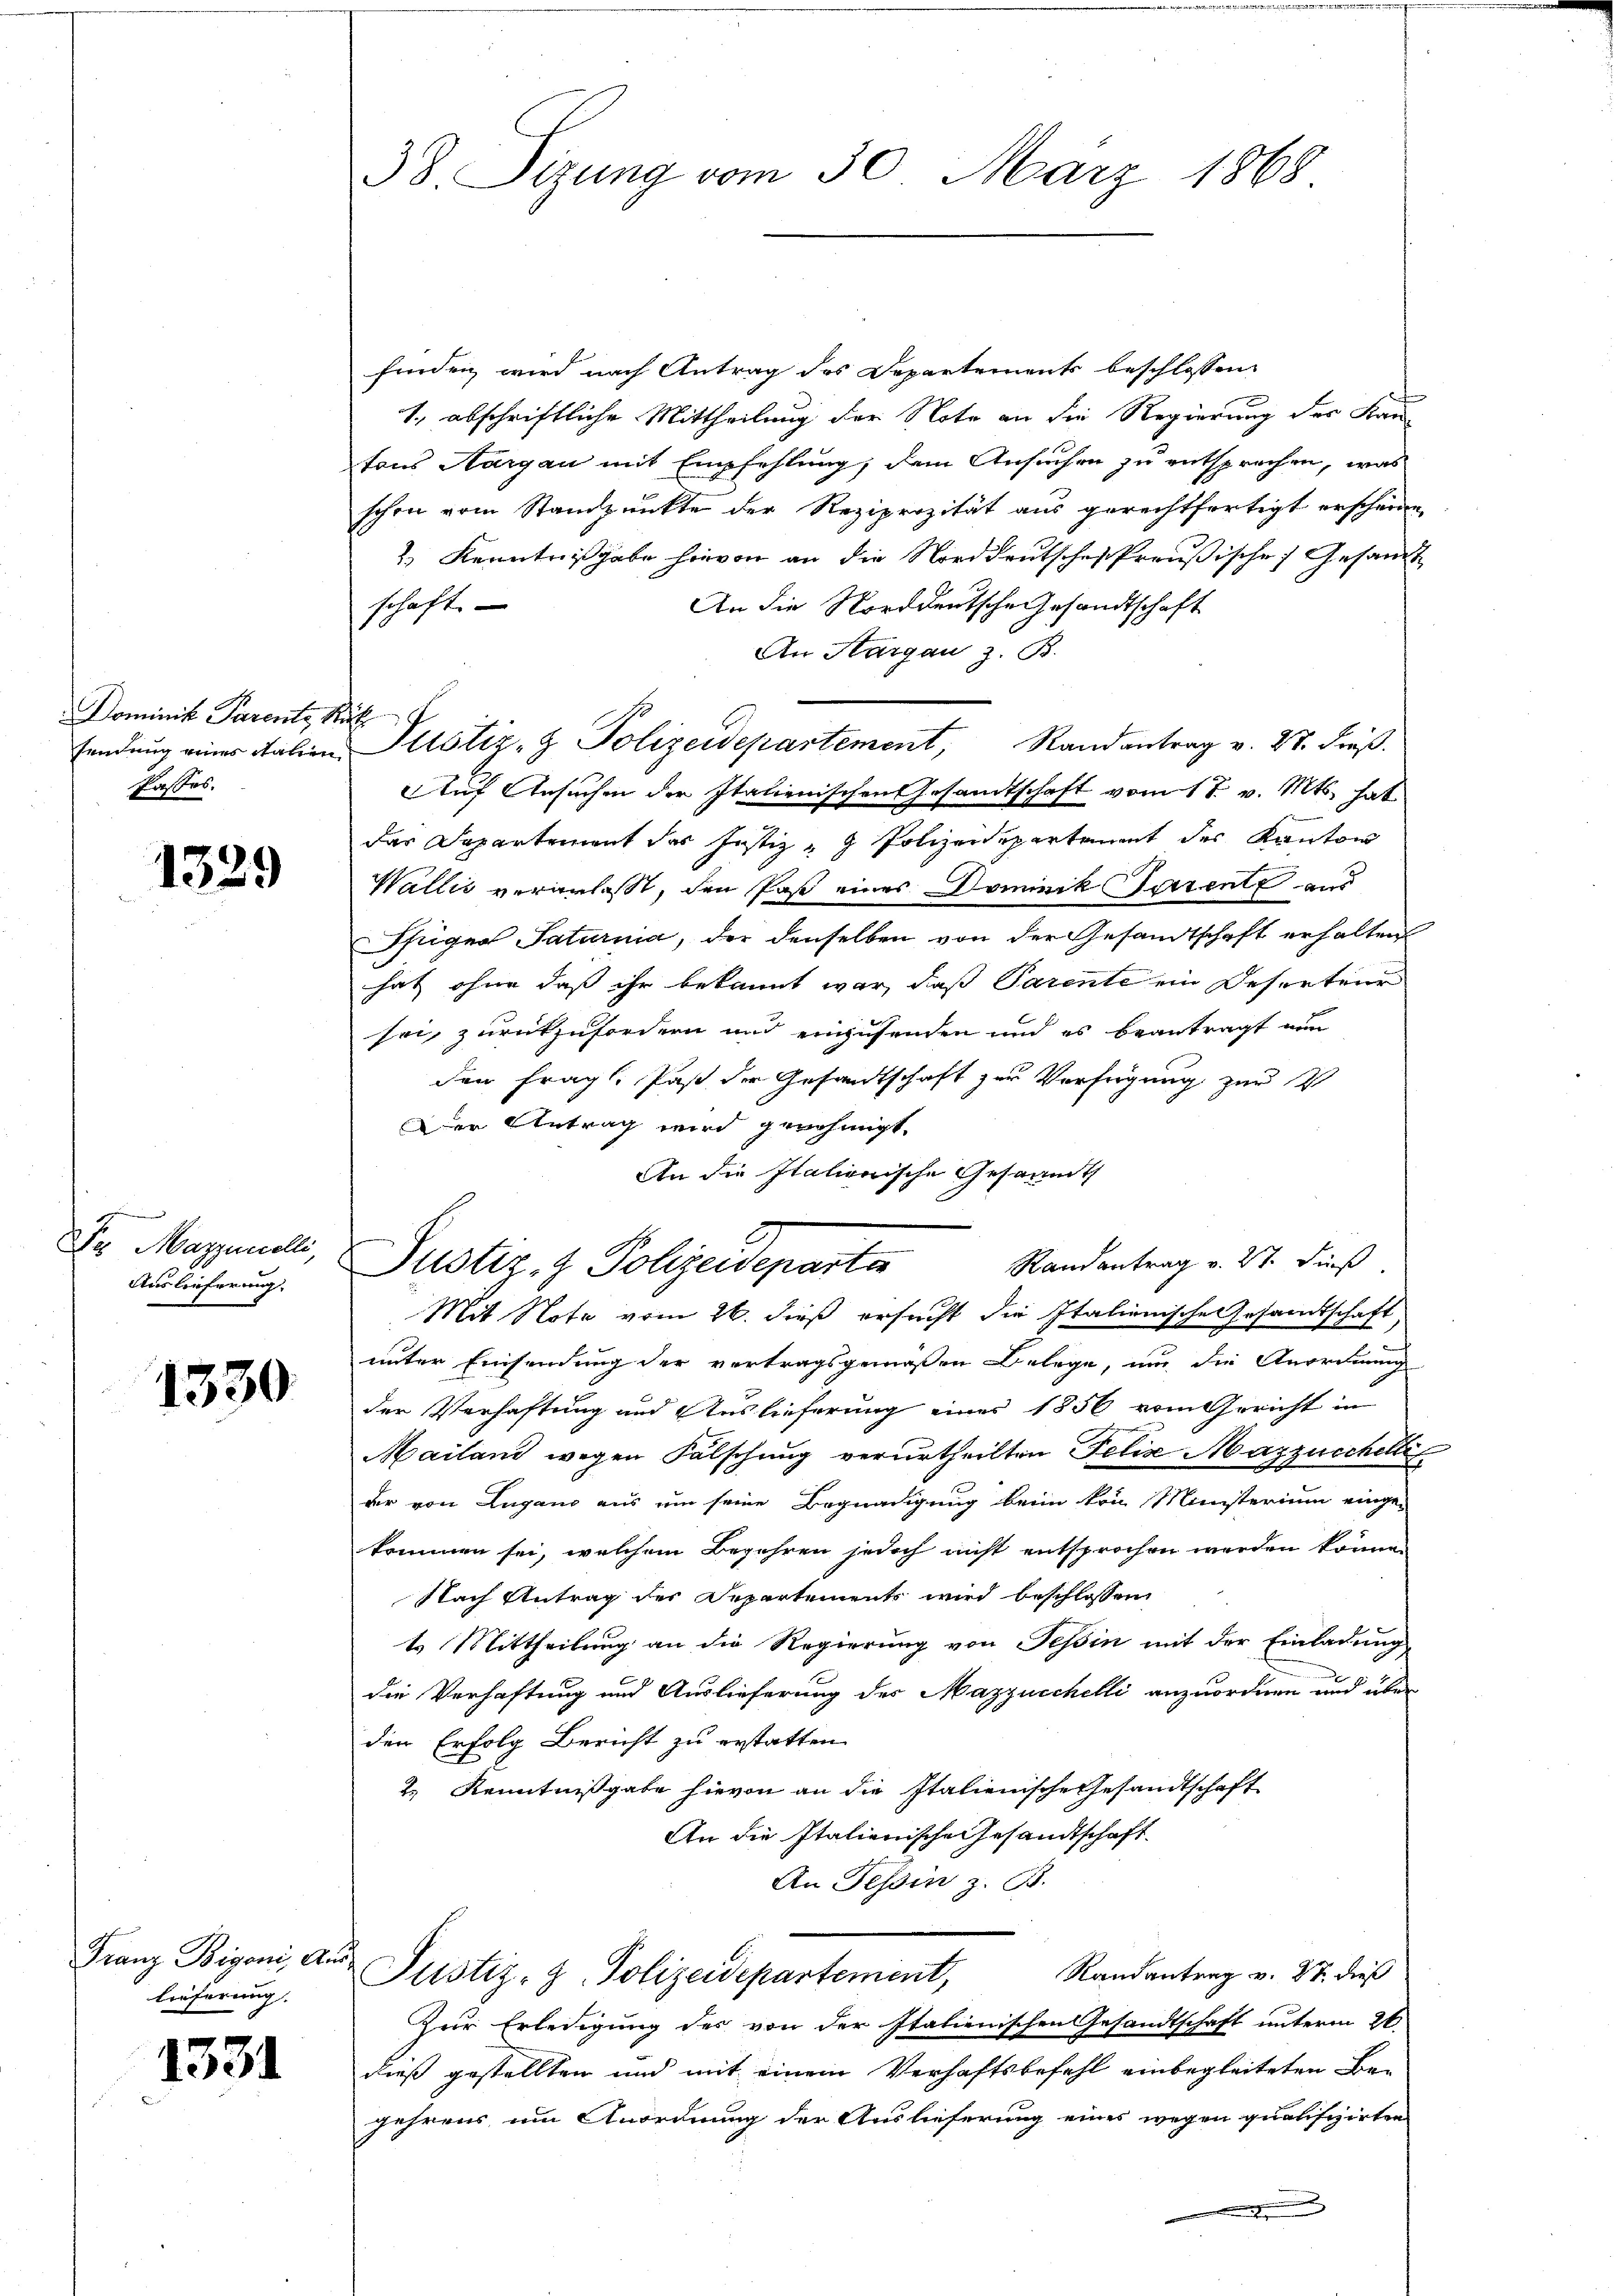
Dominik Parente Rük
Passes.

1329

Auslieferung.

1330

Franz Bigoni, Auslieferung

1531

38. Sitzung vom 30. März 1868

finden wird nach Antrag des Departements beschlossen
1., abschriftliche Mittheilung der Note an die Regierung des Kau-
tons Aargau mit Empfehlung, dem Ansuchen zu entsprechen, was
schon vom Standpunkte der Reziprozität aus gerechtfertigt erscheine
2) Kenntnißgabe hievon an die Norddeutsches Preußische Gesandt
schaft.
An die Norddeutsche Gesandtschaft
An Hargau z. B.
sendung eines Salin Pilotiz- & Polizeidepartement, Randantrag v. 28. Fräß.
Auf Ansuchen der Italienischen Gesandtschaft vom 17. v. Mts. hat
dar Departement des Justiz & Polizeidepartement des Kanton
Wallis veranlasst, den Post eines Dominik Serente aus
Ffeigen Saturnia, der denselben von der Gesandtschaft erhalten
hat ohne daß ihr bekannt war, daß Parente ein Deserteur
sei, zurückzufordern und einzusenden und es beantragt nun
den fragl. Paß der Gesandtschaft zur Verfügung zur
Der Antrag wird genehmigt.
An die Italienische Gesammt
unter Einsendung der vertragsgemäßen Belege, um die Anordnung
der Verhaftung und Auslieferung einer 1856 vom Gericht in
Mailand wegen Falschung verurtheilten Felix Mazzucchetti
der von Lugano aus um seine Begnadigung beim von Ministerium einge-
kommen sei, welchem Begehren jedoch nicht entsprochen werden können
Nach Antrag des Departements wird beschlossen
t. Mittheilung an die Regierung von Tessin mit der Einladung
x
die Verhaftung und Auslieferung des Mazzuschelli anzuordnen und über
den Erfolg Bericht zu erstatten.
2 Kenntnißgabe hievon an die Italienische Gesandtschaft
An die Italienische Gesandtschaft.
An Tessin z. B.
Randantrag v. 27. dieß
Justiz- & Polizeidepartement,
Zur Erledigung des von der Italienischen Gesandtschaft unterm 26.
dieß gestellten und mit einem Verhaftsbefehl einbegleiteten Begehrens um Anordnung der Auslieferung eines wegen qualifizirten
.

Dr Marieli, Justiz- & Polizeideparta
Mit Note vom 26. dieß ersucht die Italienische Gesandtschaft,

Randantrag v. 27. dieß

.